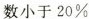
数小于20\%